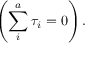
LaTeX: \left( \sum _ { i } ^ { a } \tau _ { i } = 0 \right) .